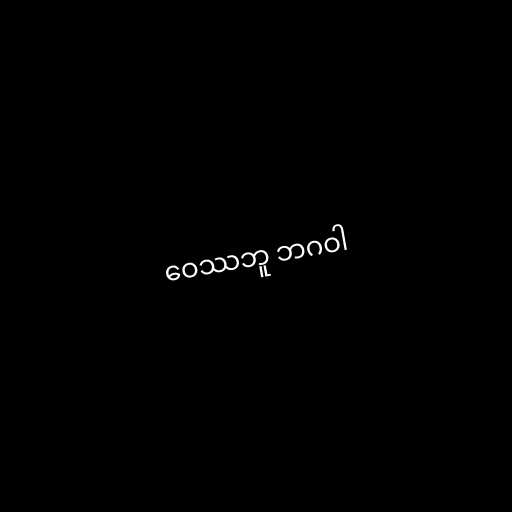
ဝေဿဘူ ဘဂဝါ